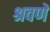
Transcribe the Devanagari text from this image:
श्रवणें